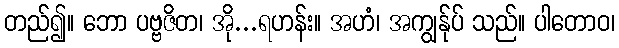
တည်၍။ ဘော ပဗ္ဗဇိတ၊ အို...ရဟန်း။ အဟံ၊ အကျွန်ုပ် သည်။ ပါတောဝ၊